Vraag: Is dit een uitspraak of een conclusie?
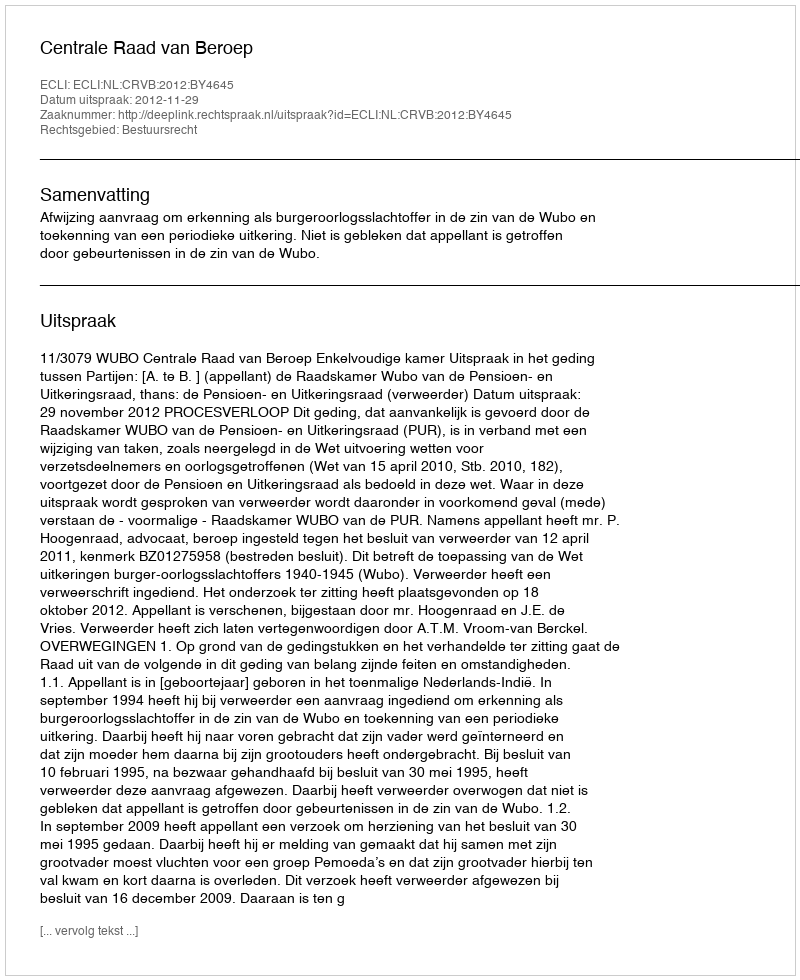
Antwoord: Uitspraak